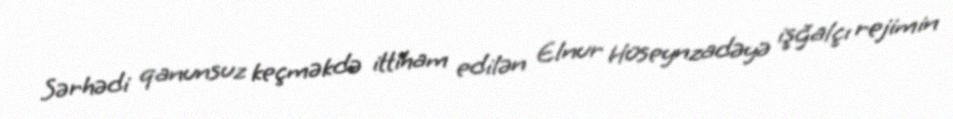
Sərhədi qanunsuz keçməkdə ittiham edilən Elnur Hüseynzadəyə işğalçı rejimin